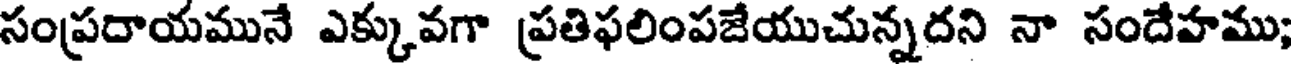
సంప్రదాయమునే ఎక్కువగా ప్రతిఫలింపజేయుచున్నదని నా సందేహము;